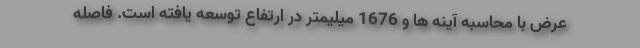
عرض با محاسبه آینه ها و 1676 میلیمتر در ارتفاع توسعه یافته است. فاصله